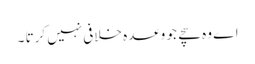
اے وہ سچے جو وعدہ خلافی نہیں کرتا ۔